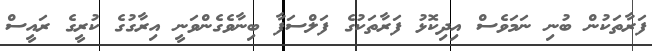
ފަރާތަކުން ބުނި ނަމަވެސް އިދިކޮޅު ފަރާތަކުގެ ފަލްސަފާ ބިނާވެގެންވަނީ އިރާގުގެ ކުރީގެ ރައީސް